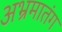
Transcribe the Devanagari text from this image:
अभ्रमातंग